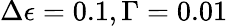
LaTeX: \Delta\epsilon=0.1,\Gamma=0.01